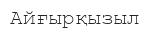
Айғырқызыл